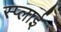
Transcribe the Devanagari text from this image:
स्प्लाई